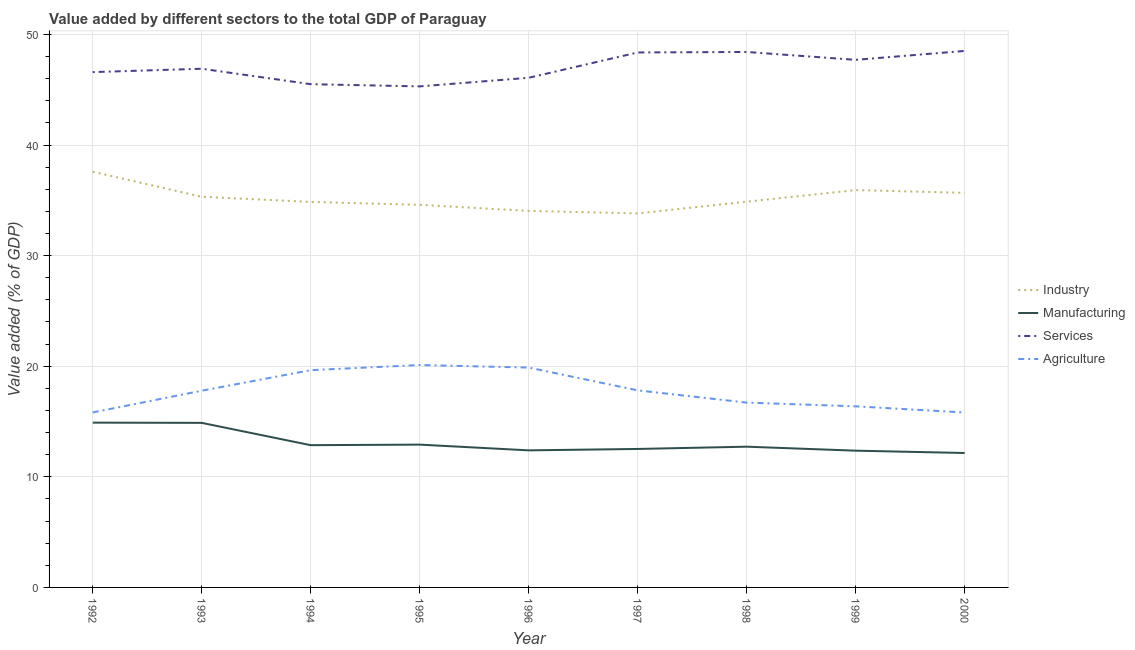
| Year | Industry | Manufacturing | Services | Agriculture |
 | --- | --- | --- | --- | --- |
 | 1992 | 37.6 | 14.9 | 46.6 | 15.8 |
 | 1993 | 35.3 | 14.9 | 46.9 | 17.8 |
 | 1994 | 34.9 | 12.9 | 45.5 | 19.6 |
 | 1995 | 34.6 | 12.9 | 45.3 | 20.1 |
 | 1996 | 34 | 12.4 | 46.1 | 19.9 |
 | 1997 | 33.8 | 12.5 | 48.4 | 17.8 |
 | 1998 | 34.9 | 12.7 | 48.4 | 16.7 |
 | 1999 | 35.9 | 12.4 | 47.7 | 16.4 |
 | 2000 | 35.7 | 12.2 | 48.5 | 15.8 |